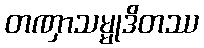
တဏှာသမ္မုဒိတဿ